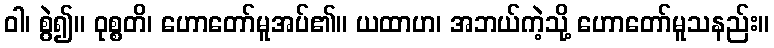
ဝါ၊ စွဲ၍။ ဝုစ္စတိ၊ ဟောတော်မူအပ်၏။ ယထာဟ၊ အဘယ်ကဲ့သို့ ဟောတော်မူသနည်း။